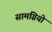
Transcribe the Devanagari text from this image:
सामग्रियो